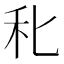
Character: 𥝓